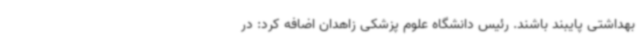
بهداشتی پایبند باشند. رئیس دانشگاه علوم پزشکی زاهدان اضافه کرد: در